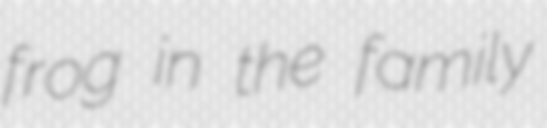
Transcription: frog in the family